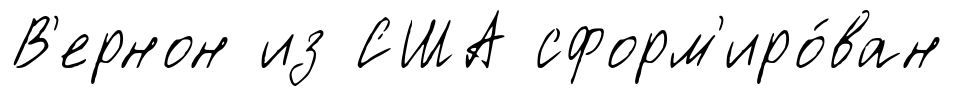
В'ернон из США сформ'иро́ван